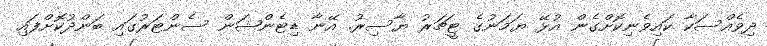
ދިވެއްސަކާ ކައިވެނިކޮށްގެން އުޅޭ ޔަމަނުގެ ޓީޗަރު ޔާސިރު. އޭނާ ޑިޓެންޝަން ސެންޓަރުގައި ބަންދުކޮށްފައި